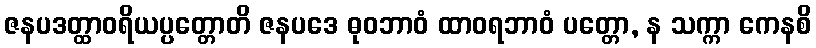
ဇနပဒတ္ထာဝရိယပ္ပတ္တောတိ ဇနပဒေ ဓုဝဘာဝံ ထာဝရဘာဝံ ပတ္တော, န သက္ကာ ကေနစိ